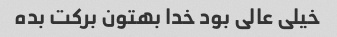
خیلی عالی بود خدا بهتون برکت بده